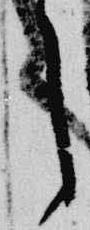
了